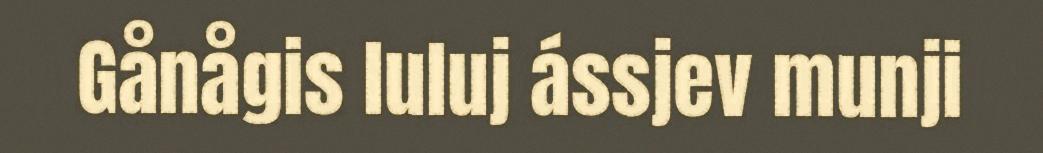
Gånågis luluj ássjev munji